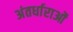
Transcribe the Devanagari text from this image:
अंतर्धाराओं